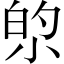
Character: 𫴿